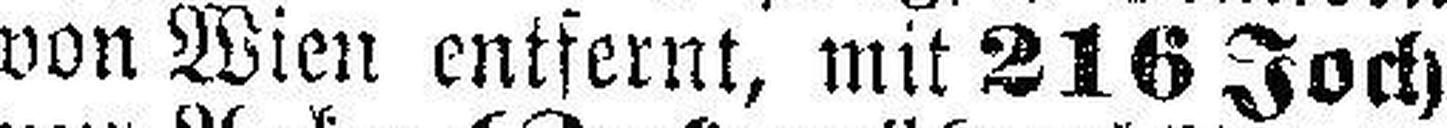
von Wien entfernt, mit 216 Joch